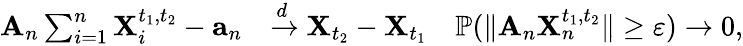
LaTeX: \begin{array}{rl}{\mathbf{A}_{n}\sum_{i=1}^{n}\mathbf{X}_{i}^{t_{1},t_{2}}-\mathbf{a}_{n}}&{\xrightarrow[]{d}\mathbf{X}_{t_{2}}-\mathbf{X}_{t_{1}}\quad{\mathbb P}(\| \mathbf{A}_{n}\mathbf{X}_{n}^{t_{1},t_{2}}\| \geq\varepsilon)\rightarrow 0,}\end{array}